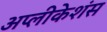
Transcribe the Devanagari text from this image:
अप्लीकेशंस